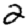
Digit: 2